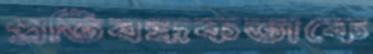
প্রতিবন্ধকতাকে